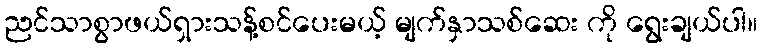
ညင်သာစွာဖယ်ရှားသန့်စင်ပေးမယ့် မျက်နှာသစ်ဆေး ကို ရွေးချယ်ပါ။